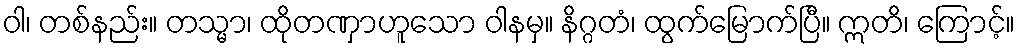
ဝါ၊ တစ်နည်း။ တသ္မာ၊ ထိုတဏှာဟူသော ဝါနမှ။ နိဂ္ဂတံ၊ ထွက်မြောက်ပြီ။ ဣတိ၊ ကြောင့်။